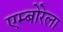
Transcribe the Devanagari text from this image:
एम्बोरेला